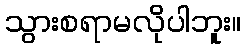
သွားစရာမလိုပါဘူး။